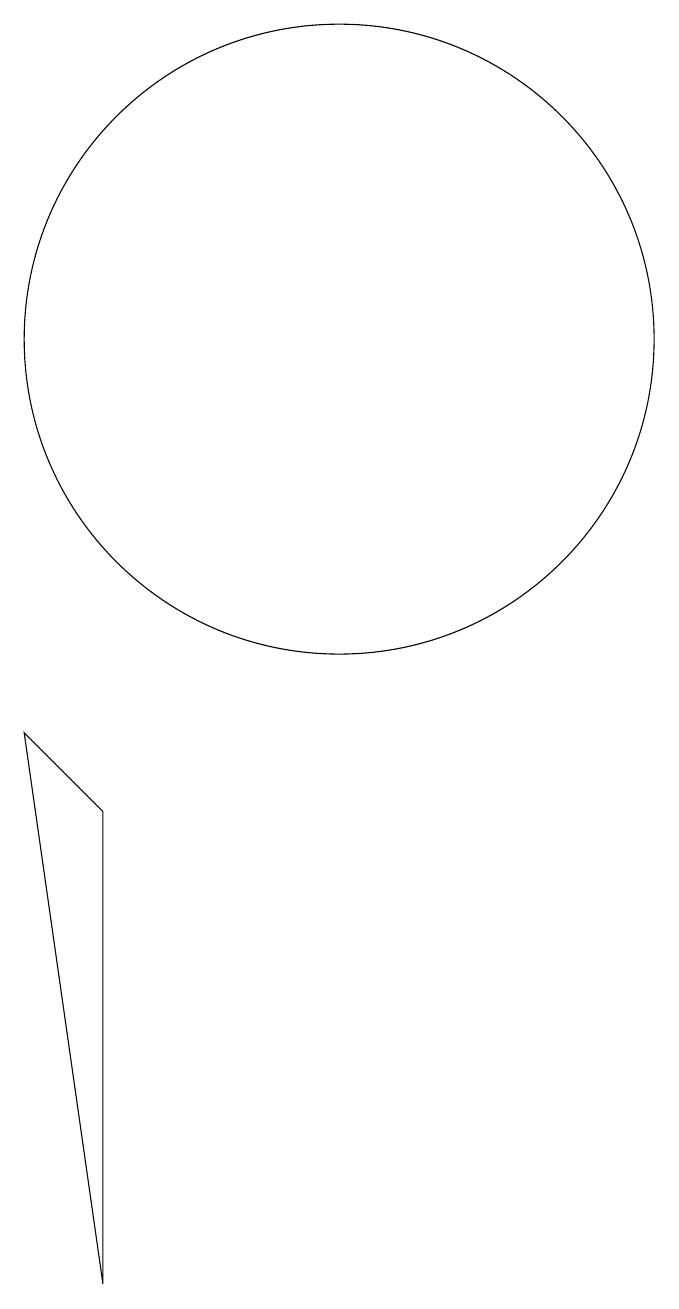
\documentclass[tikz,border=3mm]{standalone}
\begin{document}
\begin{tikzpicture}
\draw (7,0) -- (7,6) -- (6,7) -- cycle;
\draw (10,12) circle (4);
\draw (10,10) circle (0);
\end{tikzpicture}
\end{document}